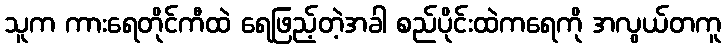
သူက ကားရေတိုင်ကီထဲ ရေဖြည့်တဲ့အခါ စည်ပိုင်းထဲကရေကို အလွယ်တကူ